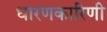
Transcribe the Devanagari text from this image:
धारणकारिणी